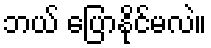
ဘယ် ပြောနိုင်မလဲ။